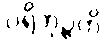
ပရိဘုဉ္ဇတိ